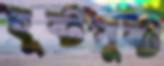
হূষ্টপুষ্ট